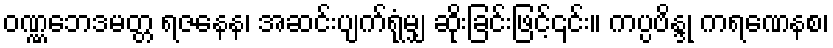
ဝဏ္ဏဘေဒမတ္တ ရဇနေန၊ အဆင်းပျက်ရုံမျှ ဆိုးခြင်းဖြင့်၎င်း။ ကပ္ပဗိန္ဒု ကရဏေနစ၊